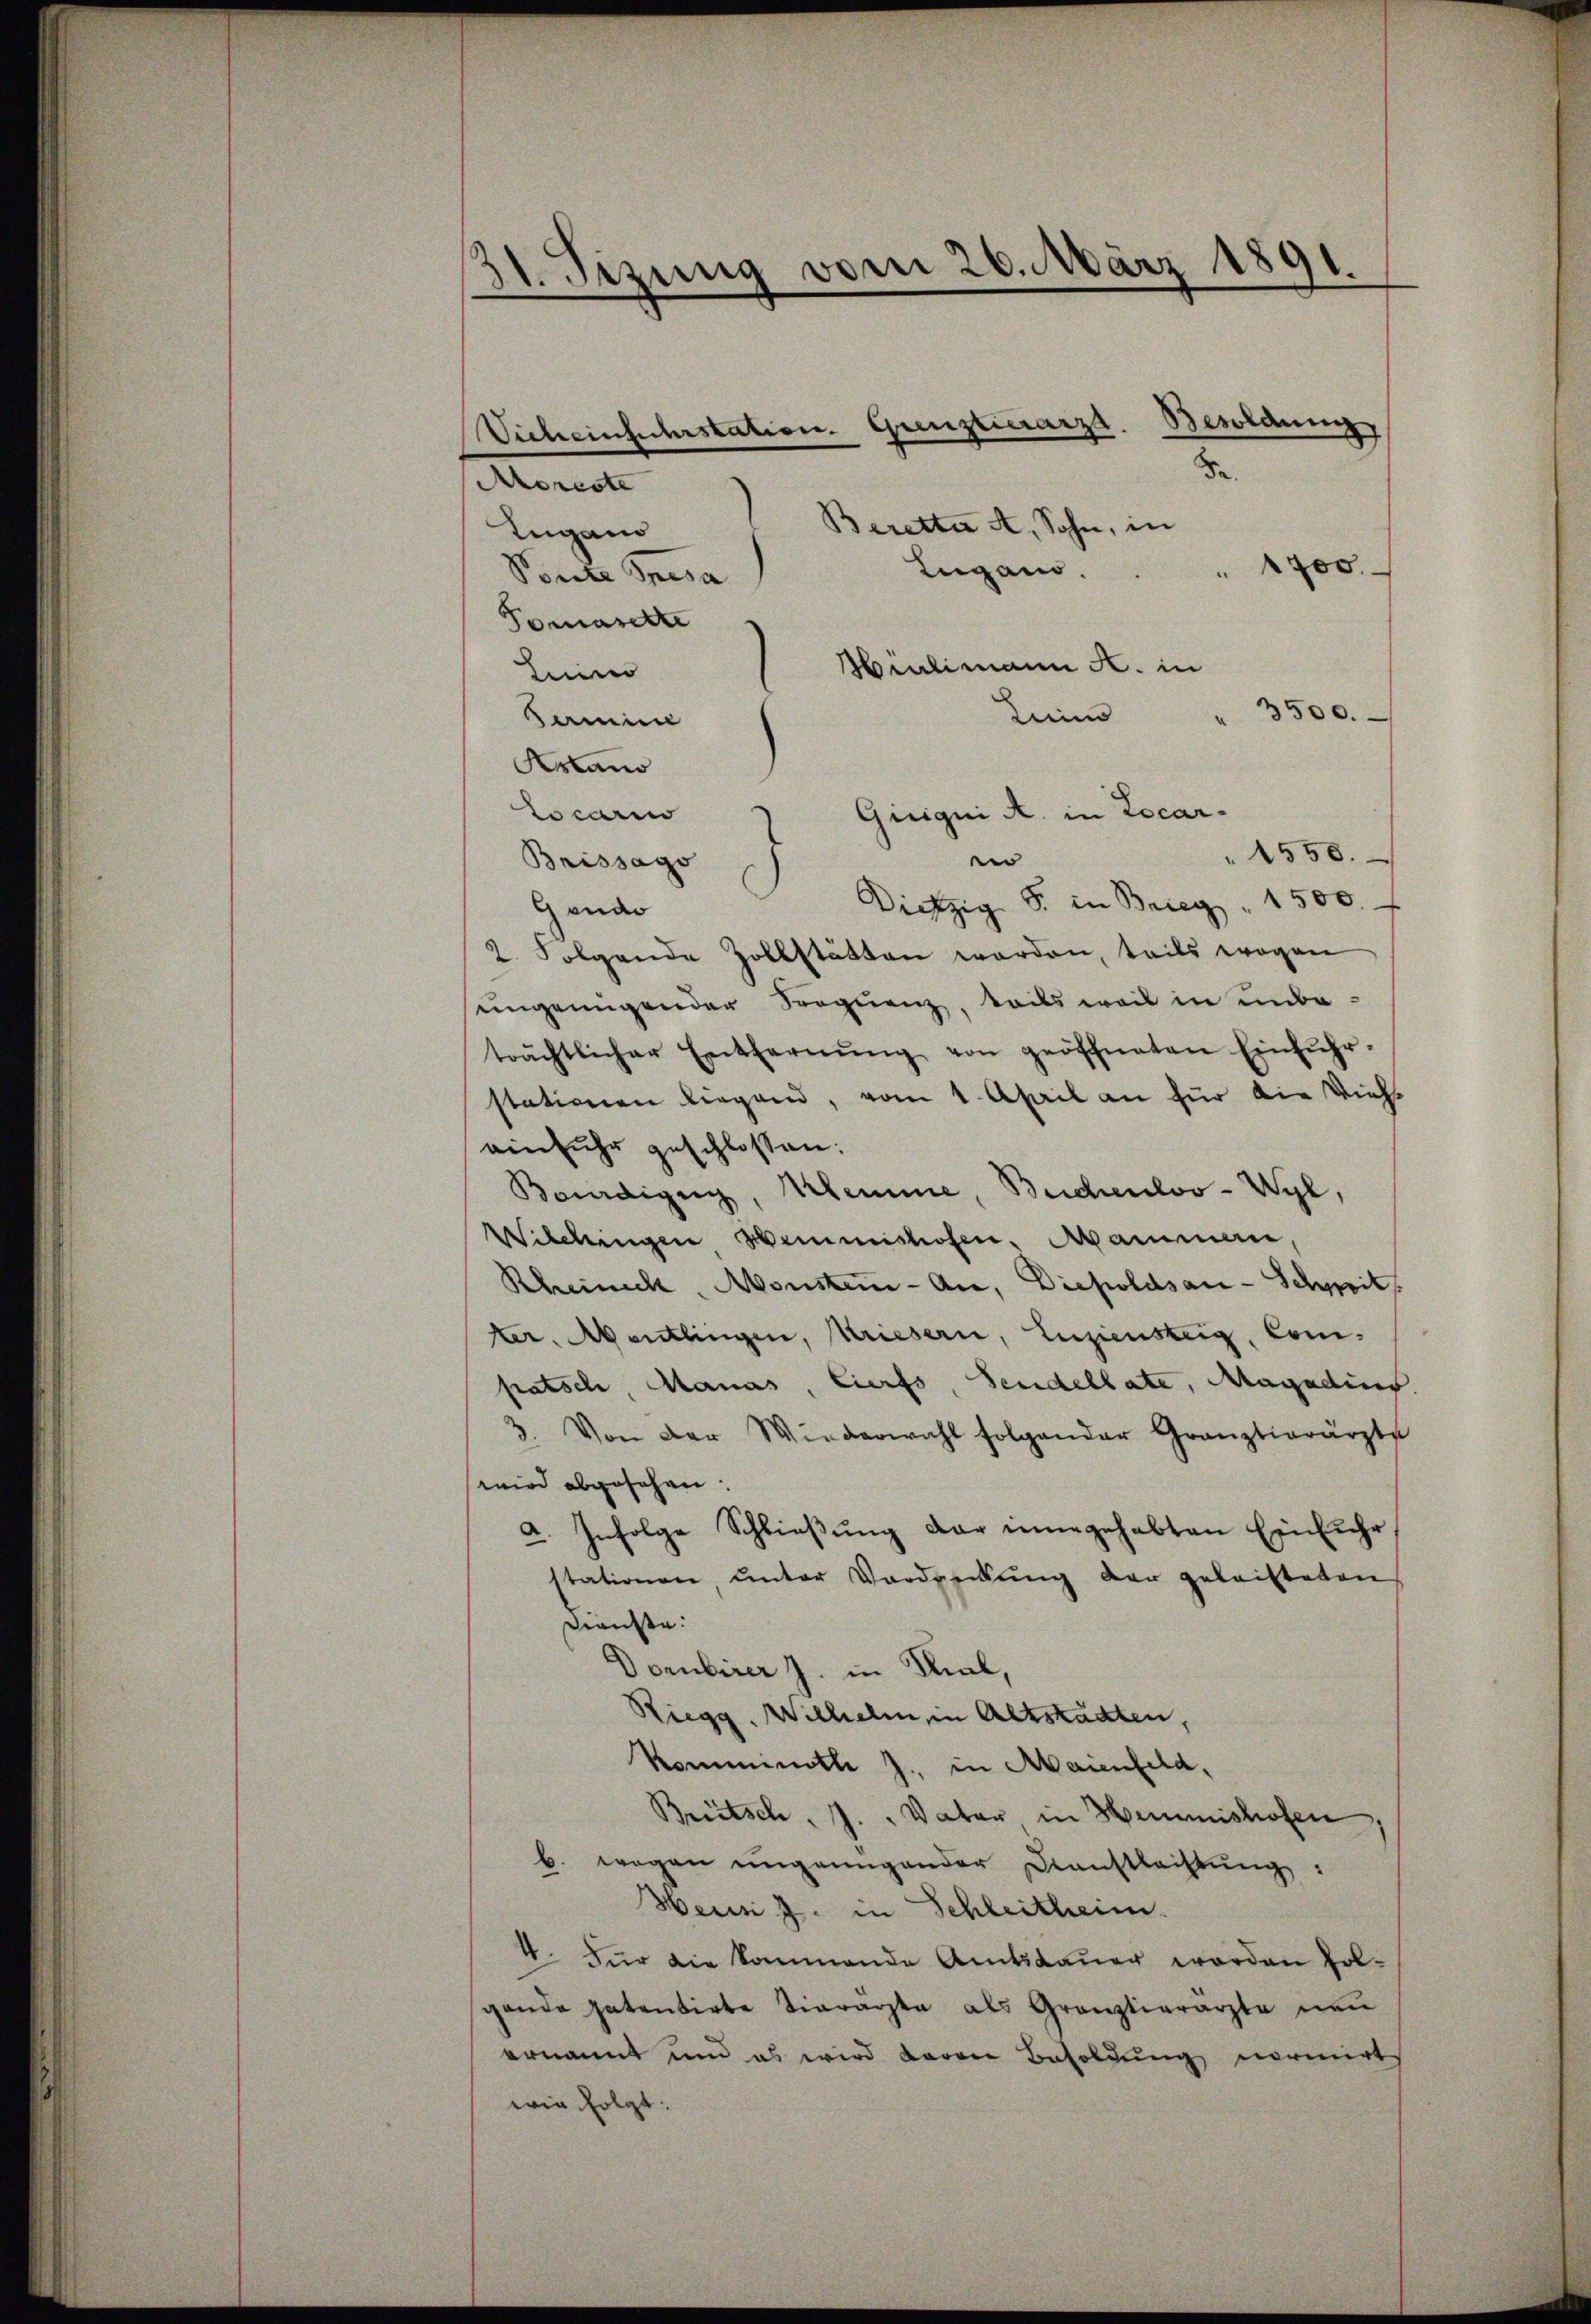
31. Sizung vom 26. März 1891.

Apreste
Beretta A. Sohn, in
Lugano
" 1700.
Lugano.
Mialimann Al. in
Luino
3500.
Leim
Asland
Locari
Gieigni A. in Locar¬
1550.
e
Brissago
Dietzig S. in Brieg " 1500.
Gendo
2. Folgende Zollstätten worden, teils wogen
eingenügender Sequenz, teils weil in unbeträchtlicher Entfernŭng von geöffneten Einfŭhr-
stationen liegend, vom 1. April an für die Vieheinfuhr geschlossen:
Bourdigen, Klemme, Beichenloo-Wyl,
Wilchingen Heimishofen, Mamman
Rheineck Monstein-An, Diepoldsan-Schreit
ter, entlingen, Kriesern, Luziensteig, Compatsch, Manas, Eierfs, Seidellate, Magadins.
3. Von der Wiederwahl folgender Graŭztierärzte
wird abgesehen.
a. Infolge Schlieβŭng dar innegehabten Einfuhr
stationen unter Vordreckung der geleisteten
Diensten:
Dombirer J. in Mal,
Riegg. Wilhelm, in Altstadten,
Komminath J. in Maienfeld,
Brütsch. J. " Vater in Hemmishofen
b. wegen ŭngenügender Daustlachtŭng:
Heus J. in Schleitheim.
4. Für die kommende Amtsdauer worden folgande patentirte Tierärzte als Gränztierärzte neŭ
ernannt und es wird daran Besoldung normirt
wie folgt:

Pente Presa
Tomasette
Samie

Besoldung
Vicheinfuhrstation. Grenztierarza.
Be.